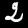
Label: 2